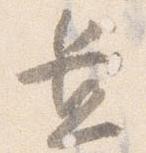
置